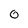
Character: o